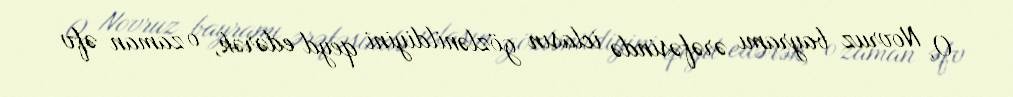
O, Novruz bayramı ərəfəsində iclasın gözlənildiyini qeyd edərək, o zaman əfv